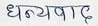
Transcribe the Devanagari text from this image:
धन्यवाद